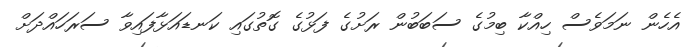
އެހެން ނަމަވެސް ހިއްކާ ބިމުގެ ސަބަބުން ރަށުގެ ފަޅުގެ ގޮތުގައި ކަނޑައަޅާފައިވާ ސަރަހައްދަށް